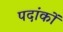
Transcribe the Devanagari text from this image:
पदांकों